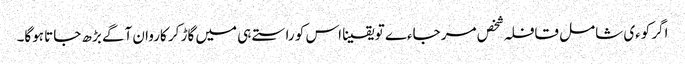
اگر کوءی شامل قافلہ شخص مر جاءے تو یقینا اس کو راستے ہی میں گاڑ کر کاروان آگے بڑھ جاتا ہوگا۔